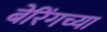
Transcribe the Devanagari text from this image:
बेरिंगच्या